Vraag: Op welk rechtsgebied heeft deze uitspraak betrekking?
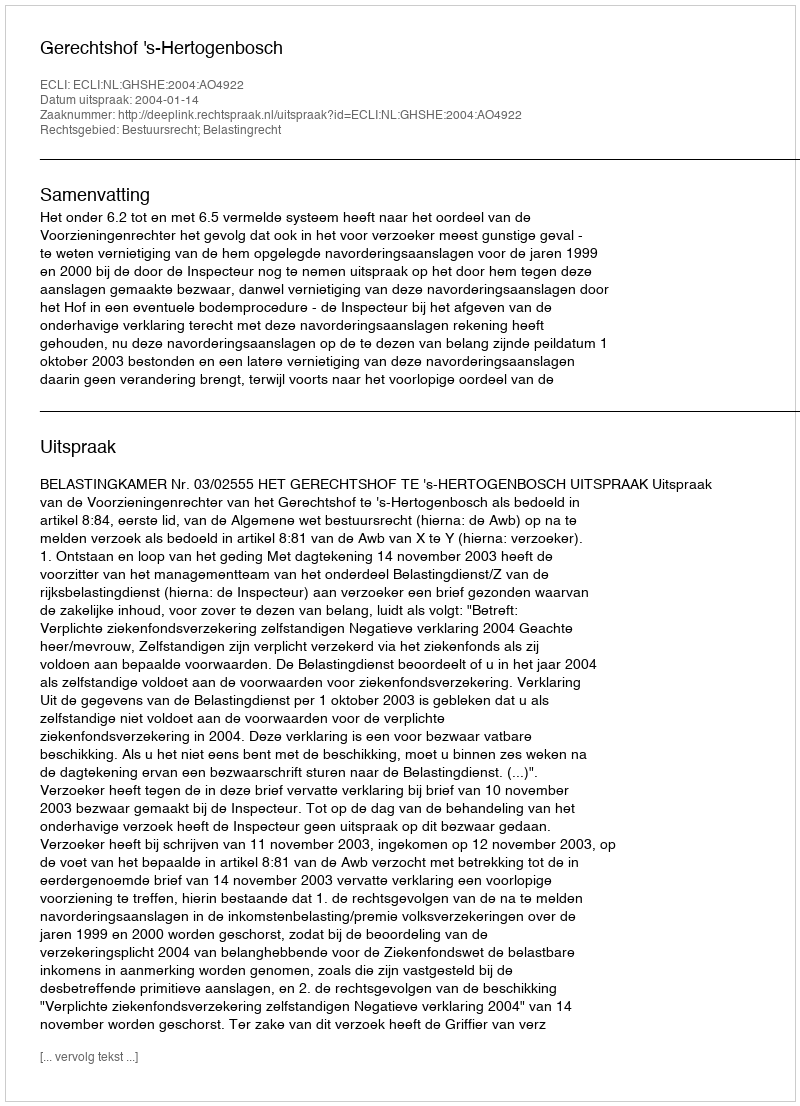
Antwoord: Bestuursrecht; Belastingrecht